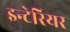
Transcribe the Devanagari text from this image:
इन्टेरियर